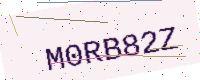
Text: M0RB82Z